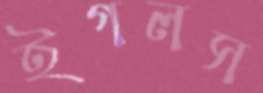
ইগলস